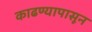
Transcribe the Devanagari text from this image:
काढण्यापासून